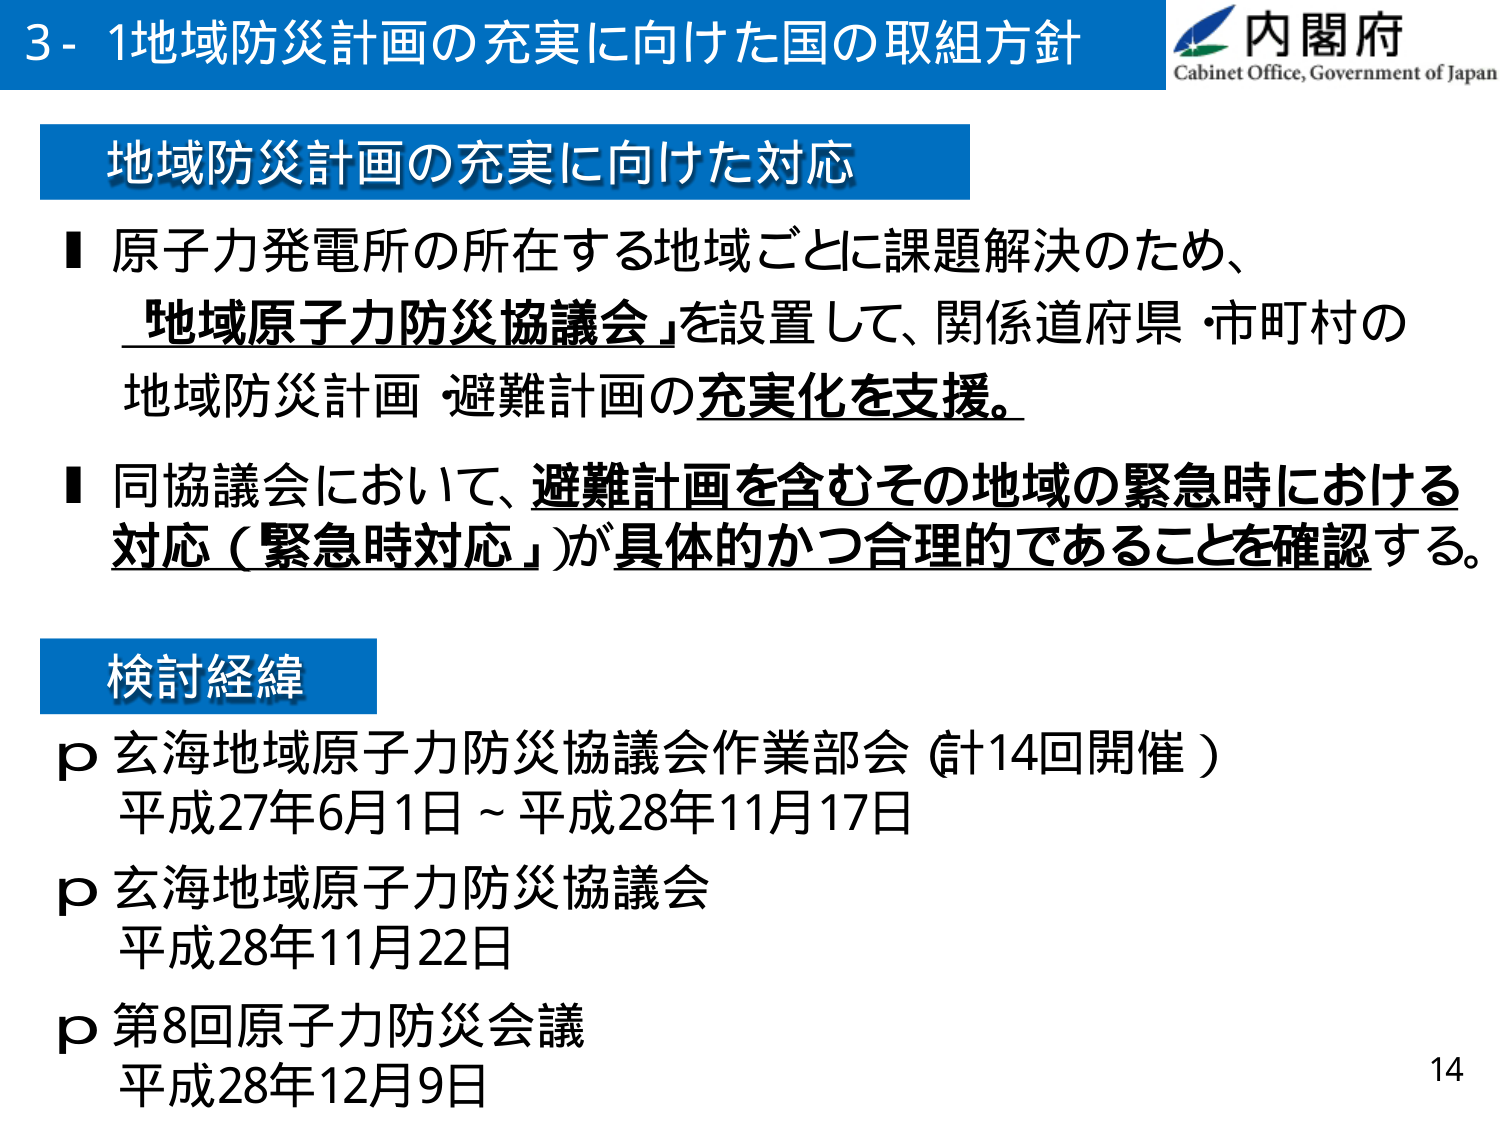
3-1 地域防災計画の充実に向けた国の取組方針
内閣府
Cabinet Office, Government of Japan

地域防災計画の充実に向けた対応

■ 原子力発電所の所在する地域ごとに課題解決のため、
「地域原子力防災協議会」を設置して、関係道府県・市町村の
地域防災計画・避難計画の充実化を支援。

■ 同協議会において、避難計画を含むその地域の緊急時における
対応（緊急時対応）が具体的かつ合理的であることを確認する。

検討経緯

p 玄海地域原子力防災協議会作業部会（計14回開催）
平成27年6月1日～平成28年11月17日

p 玄海地域原子力防災協議会
平成28年11月22日

p 第8回原子力防災会議
平成28年12月9日

14